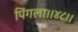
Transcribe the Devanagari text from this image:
पिंगला।।४८।।